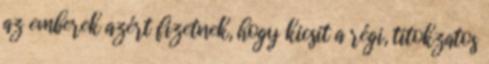
az emberek azért fizetnek, hogy kicsit a régi, titokzatos